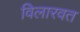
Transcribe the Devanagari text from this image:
विलारवत